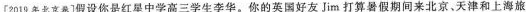
〔2019年北京卷]假设你是红星中学高三学生李华。你的英国好友Jim打算暑假期间来北京、天津和上海旅